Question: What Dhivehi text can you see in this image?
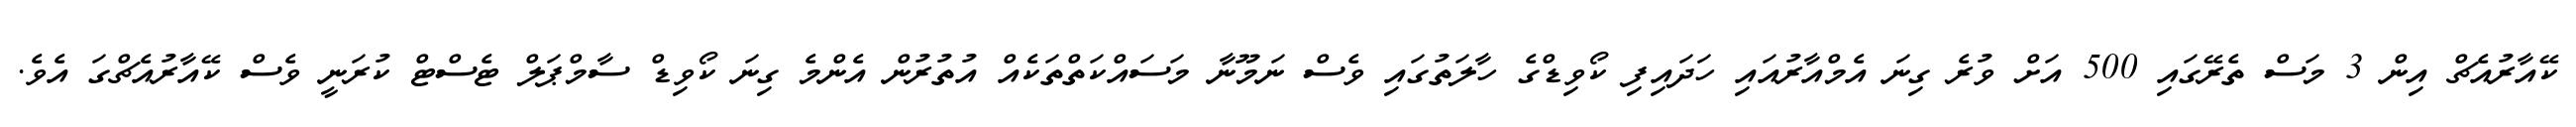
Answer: ކޭއާރުއެޗް އިން 3 މަސް ތެރޭގައި 500 އަށް ވުރެ ގިނަ އެމްއާރުއައި ހަދައިފި ކޯވިޑްގެ ހާލަތުގައި ވެސް ނަމޫނާ މަސައްކަތްތަކެއް އުތުރުން އެންމެ ގިނަ ކޯވިޑް ސާމްޕަލް ޓެސްޓް ކުރަނީ ވެސް ކޭއާރުއެޗްގަ އެވެ.